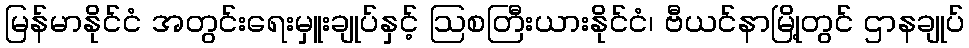
မြန်မာနိုင်ငံ အတွင်းရေးမှူးချုပ်နှင့် ဩစတြီးယားနိုင်ငံ၊ ဗီယင်နာမြို့တွင် ဌာနချုပ်